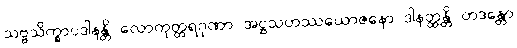
သဗ္ဗသိက္ခာပဒါနန္တိ လောကုတ္တရဂုဏာ အဋ္ဌသဟဿယောဇနော ဒါနတ္ထန္တိ တဒန္တော